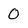
Character: 0